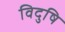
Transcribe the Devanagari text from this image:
विदुषि